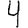
Digit: 4